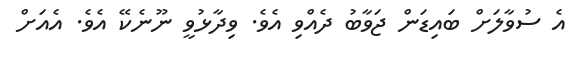
އެ ސުވާލަށް ބައިޑަން ޖަވާބު ދެއްވި އެވެ. ވިދާޅުވީ ނޫނެކޭ އެވެ. އެއަށް